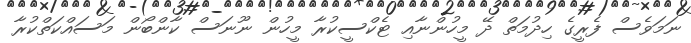
ނަމަވެސް ފެރީގެ ހިދުމަތް ދޭ މީހުންނާއި ޓެކްސީކުރާ މީހުން ނޫނަސް ކާންބޯން މަސައްކަތްކުރާ